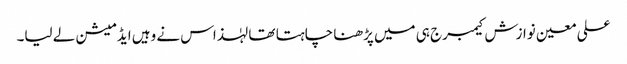
علی معین نوازش کیمبرج ہی میں پڑھنا چاہتا تھا لہٰذاس نے وہیں ایڈمیشن لے لیا۔